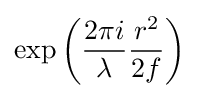
\exp \left({\frac {2\pi i}{\lambda }}{\frac {r^{2}}{2f}}\right)